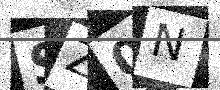
Text: SZ0N